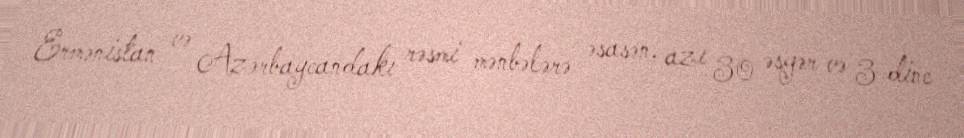
Ermənistan və Azərbaycandakı rəsmi mənbələrə əsasən, azı 30 əsgər və 3 dinc